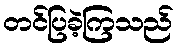
တင်ပြခဲ့ကြသည်